Plague in India, 1896, 1897 - Volume 3
Year: 1896
Disease focus: Plague
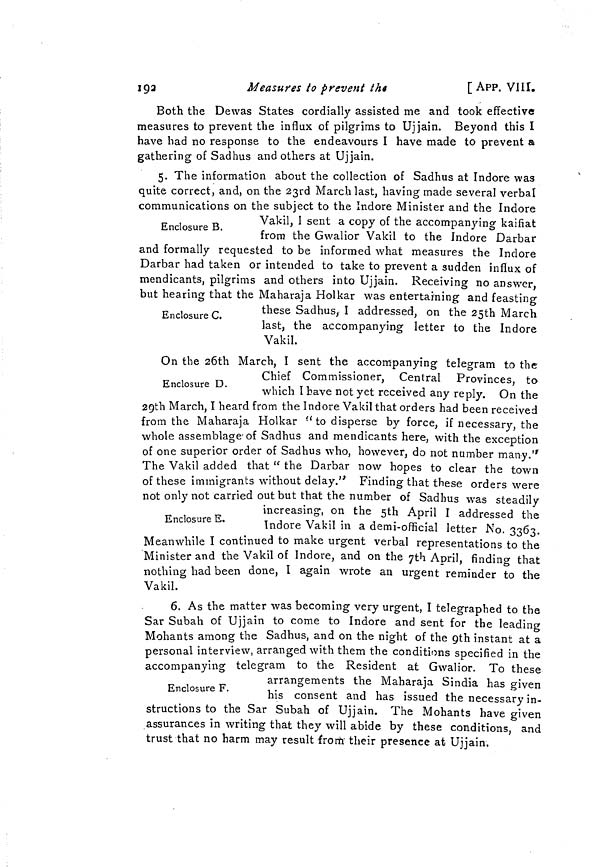
192
Measures to prevent
the
[ APP. VIII.
Both the Dewas States cordially assisted me and took effective
measures to prevent the influx of pilgrims to Ujjain. Beyond this I
have had no response to the endeavours I have made to prevent &
gathering of Sadhus and others at Ujjain.
5. The information about the collection of Sadhus at Indore was
quite correct, and, on the 23rd March last, having made several verbal
communications on the subject to the Indore Minister and the Indore
Enclosure B.
Vakil, I sent a copy of the accompanying kaifiat
from the Gwalior Vakil to the Indore Darbar
and formally requested to be informed what measures the Indore
Darbar had taken or intended to take to prevent a sudden influx of
mendicants, pilgrims and others into Ujjain. Receiving no answer
but hearing that the Maharaja Holkar was entertaining and feasting
Enclosure C.
these Sadhus, I addressed, on the 25th March
last, the accompanying letter to the Indore
Vakil.
On the 26th March, I sent the accompanying telegram to the
Enclosure D.
Chief Commissioner,
Central Provinces, to
which I have not yet received any reply. On the
29th March, I heard from the Indore Vakil that orders had been received
from the Maharaja Holkar " to disperse by force, if necessary the
whole assemblage of Sadhus and mendicants here, with the exception
of one superior order of Sadhus who, however, do not number many."
The Vakil added that " the Darbar now hopes to clear the town
of these immigrants without delay." Finding that these orders were
not only not carried out but that the number of Sadhus was steadily
Enclosure E
increasing, on the 5 th April I addressed the
Indore Vakil m a demi-official letter No. 3363.
Meanwhile I continued to make urgent verbal representations to the
Minister and the Vakil of Indore, and on the 7th April, finding that
nothing had been done, I again wrote an urgent reminder to the
Vakil.
6. As the matter was becoming very urgent, I telegraphed to the
Sar Subah of Ujjain to come to Indore and sent for the leading
Mohants among the Sadhus, and on the night of the 9th instant at a
personal interview, arranged with them the conditions specified in the
accompanying telegram to the Resident at Gwalior. To these
Enclosure F.
arrangements the Maharaja Sindia has given
his consent and has issued the necessary in-
structions to the Sar Subah of Ujjain. The Mohants have given
assurances in writing that they will abide by these conditions, and
trust that no harm may result from their presence at Ujjain.